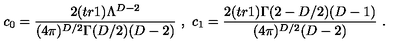
c _ { 0 } = \frac { 2 ( t r 1 ) \Lambda ^ { D - 2 } } { ( 4 \pi ) ^ { D / 2 } \Gamma ( D / 2 ) ( D - 2 ) } \ , \ c _ { 1 } = \frac { 2 ( t r 1 ) \Gamma ( 2 - D / 2 ) ( D - 1 ) } { ( 4 \pi ) ^ { D / 2 } ( D - 2 ) } \ .